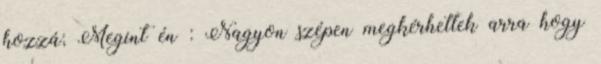
hozzá; Megint én : Nagyon szépen megkérhetlek arra hogy